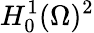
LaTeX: H_{0}^{1}(\Omega)^{2}